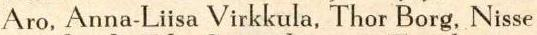
Aro, Anna-Liisa Virkkula, Thor Borg, Nisse